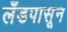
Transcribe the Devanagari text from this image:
लँडपासून